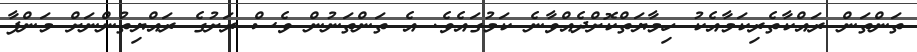
ތަންތަން ރައްކާތެރިކަމާއެކު ހިމާޔަތްކޮށްދެއްވާނެ ކަމުގައެވެ. އެ ތަންތަނުން ވެސް ރަށުގެ ރައްޔިތުންނަށް މަންފާ